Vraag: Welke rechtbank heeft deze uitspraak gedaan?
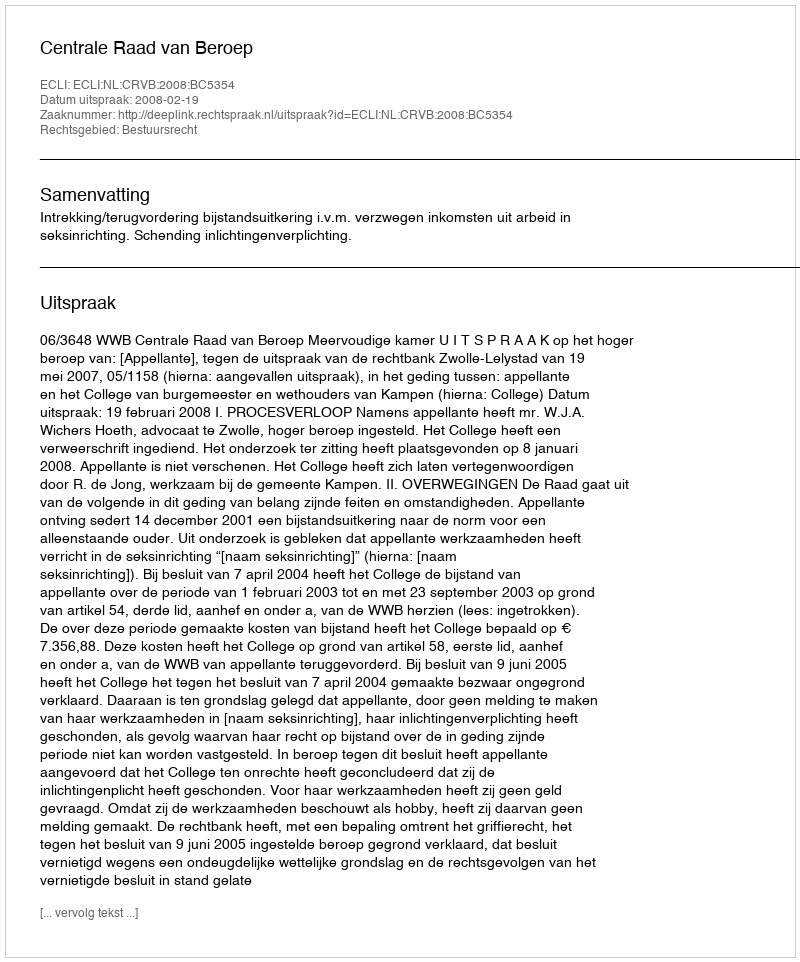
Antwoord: Centrale Raad van Beroep